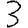
Digit: 3